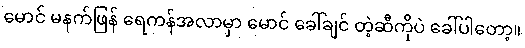
မောင် မနက်ဖြန် ရေကန်အလာမှာ မောင် ခေါ်ချင် တဲ့ဆီကိုပဲ ခေါ်ပါတော့။